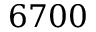
6 7 0 0